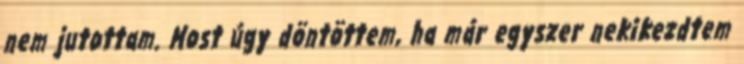
nem jutottam. Most úgy döntöttem, ha már egyszer nekikezdtem